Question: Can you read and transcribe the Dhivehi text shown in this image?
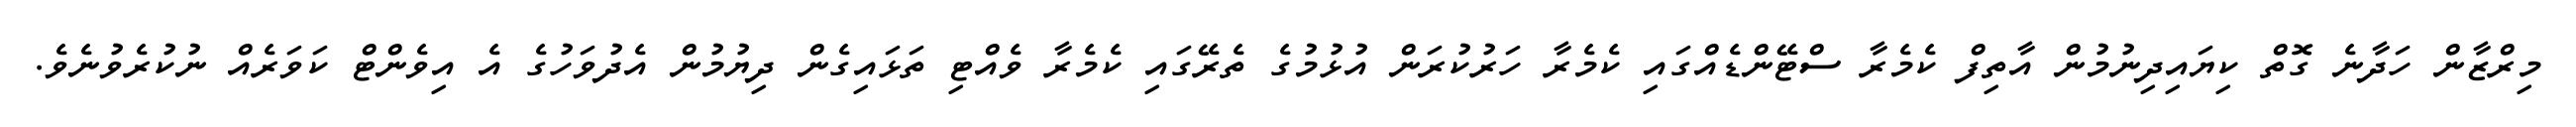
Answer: މިރްޒާން ހަދާނެ ގޮތް ކިޔައިދިނުމުން އާތިފް ކެމެރާ ސްޓޭންޑެއްގައި ކެމެރާ ހަރުކުރަން އުޅުމުގެ ތެރޭގައި ކެމެރާ ވެއްޓި ތަޅައިގެން ދިޔުމުން އެދުވަހުގެ އެ އިވެންޓް ކަވަރެއް ނުކުރެވުނެވެ.